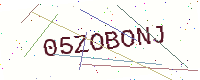
Text: 05ZOBONJ